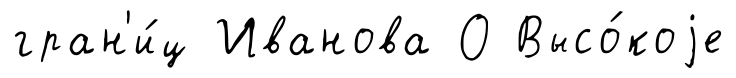
гран'и́ц Иванова О Высо́коjе